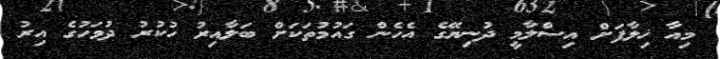
މިއާ ޚިލާފަށް އިސްލާމީ ދުނިޔޭގެ އެހެން ގައުމުތަކަށް ބަލާއިރު ހުކުރު ދުވަހުގެ އިރު